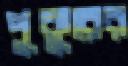
পুকুরের